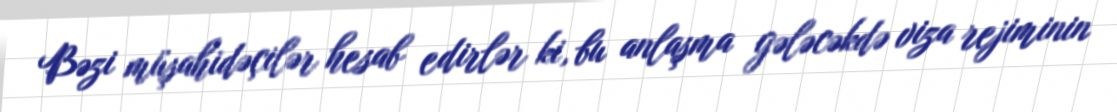
Bəzi müşahidəçilər hesab edirlər ki, bu anlaşma gələcəkdə viza rejiminin